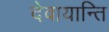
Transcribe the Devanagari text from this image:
देवायान्ति